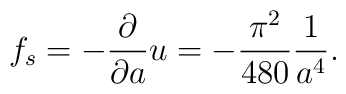
f_s=-{\partial\over\partial a}u=-{\pi^2\over 480}{1\over a^4}.